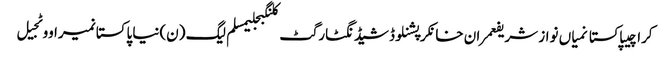
کراچیپاکستانمیاں نواز شریفعمران خانکرپشنلوڈشیڈنگٹارگٹ کلنگبجلیمسلم لیگ (ن)نیا پاکستانمیراووٹجیل